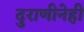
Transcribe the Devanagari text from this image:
दुराणीनेही